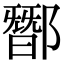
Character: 䣟